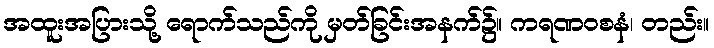
အထူးအပြားသို့ ရောက်သည်ကို မှတ်ခြင်းအနက်၌။ ကရဏဝစနံ၊ တည်း။